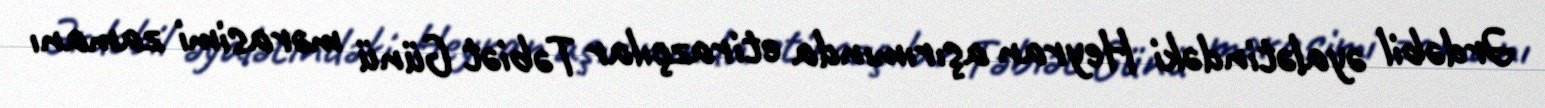
Ərdəbil əyalətindəki Heyran aşırımında etirazçılar Təbiət Günü mərasimi zamanı